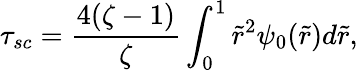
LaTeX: \tau_{sc}=\frac{4(\zeta-1)}{\zeta}\int_{0}^{1}\tilde{r}^{2}\psi_{0}(\tilde{r})d\tilde{r},